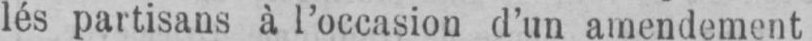
lés partisans à l’occasion d’un amendement